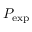
P _ { \mathrm { e x p } }